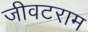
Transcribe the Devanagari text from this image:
जीवटराम